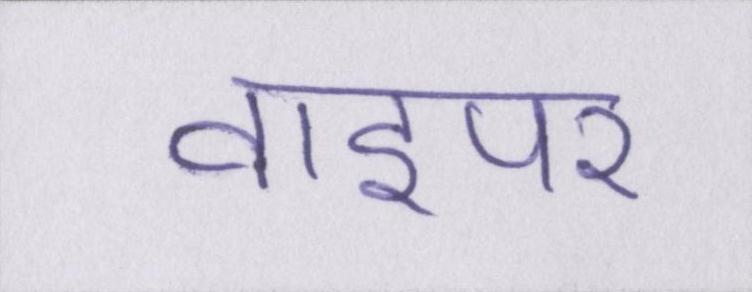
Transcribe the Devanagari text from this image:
वाइपर